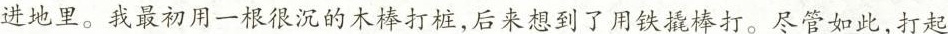
进地里。我最初用一根很沉的木棒打桩，后来想到了用铁撬棒打。尽管如此，打起